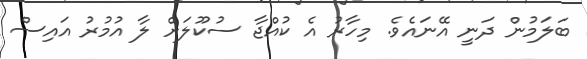
ބަލަމުން ދަނީ އޭނައެވެ. މިހާރު އެ ކުއްޖާ ސުކޫލަށް ލާ އުމުރު އައިސް